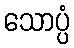
သောပ္ပံ